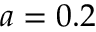
a = 0 . 2